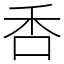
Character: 㕿